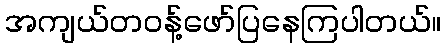
အကျယ်တဝန့်ဖော်ပြနေကြပါတယ်။